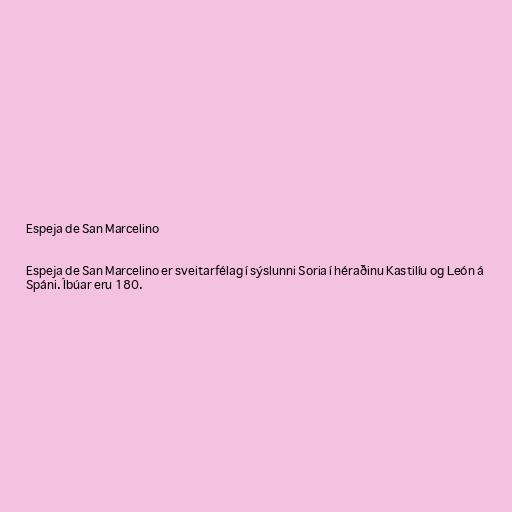
Espeja de San Marcelino

Espeja de San Marcelino er sveitarfélag í sýslunni Soria í héraðinu Kastilíu og León á
Spáni. Íbúar eru 180.